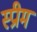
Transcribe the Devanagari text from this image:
स्प्रीम